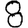
Digit: 8